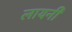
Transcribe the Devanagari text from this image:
लायनी